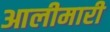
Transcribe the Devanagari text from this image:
आलीमारी